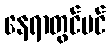
နေရာတွင်ပင်